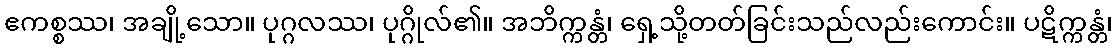
ဧကစ္စဿ၊ အချို့သော။ ပုဂ္ဂလဿ၊ ပုဂ္ဂိုလ်၏။ အဘိက္ကန္တံ၊ ရှေ့သို့တတ်ခြင်းသည်လည်းကောင်း။ ပဋိက္ကန္တံ၊